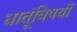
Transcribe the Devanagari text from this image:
धातूंविषयीं